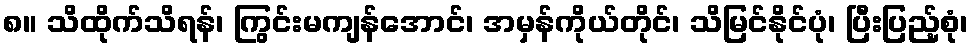
၈။ သိထိုက်သိရန်၊ ကြွင်းမကျန်အောင်၊ အမှန်ကိုယ်တိုင်၊ သိမြင်နိုင်ပုံ၊ ပြီးပြည့်စုံ၊